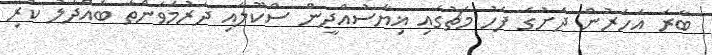
ބާރަ އަހަރުން ދަށުގެ ފަހު މެޗުގައި ޣިޔާސުއްދީން ސްކޫލާއި ދަރުމަވަންތަ ބައްދަލު ކުރި